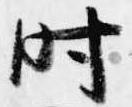
時